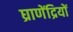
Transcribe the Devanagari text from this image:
घ्राणेंद्रियों